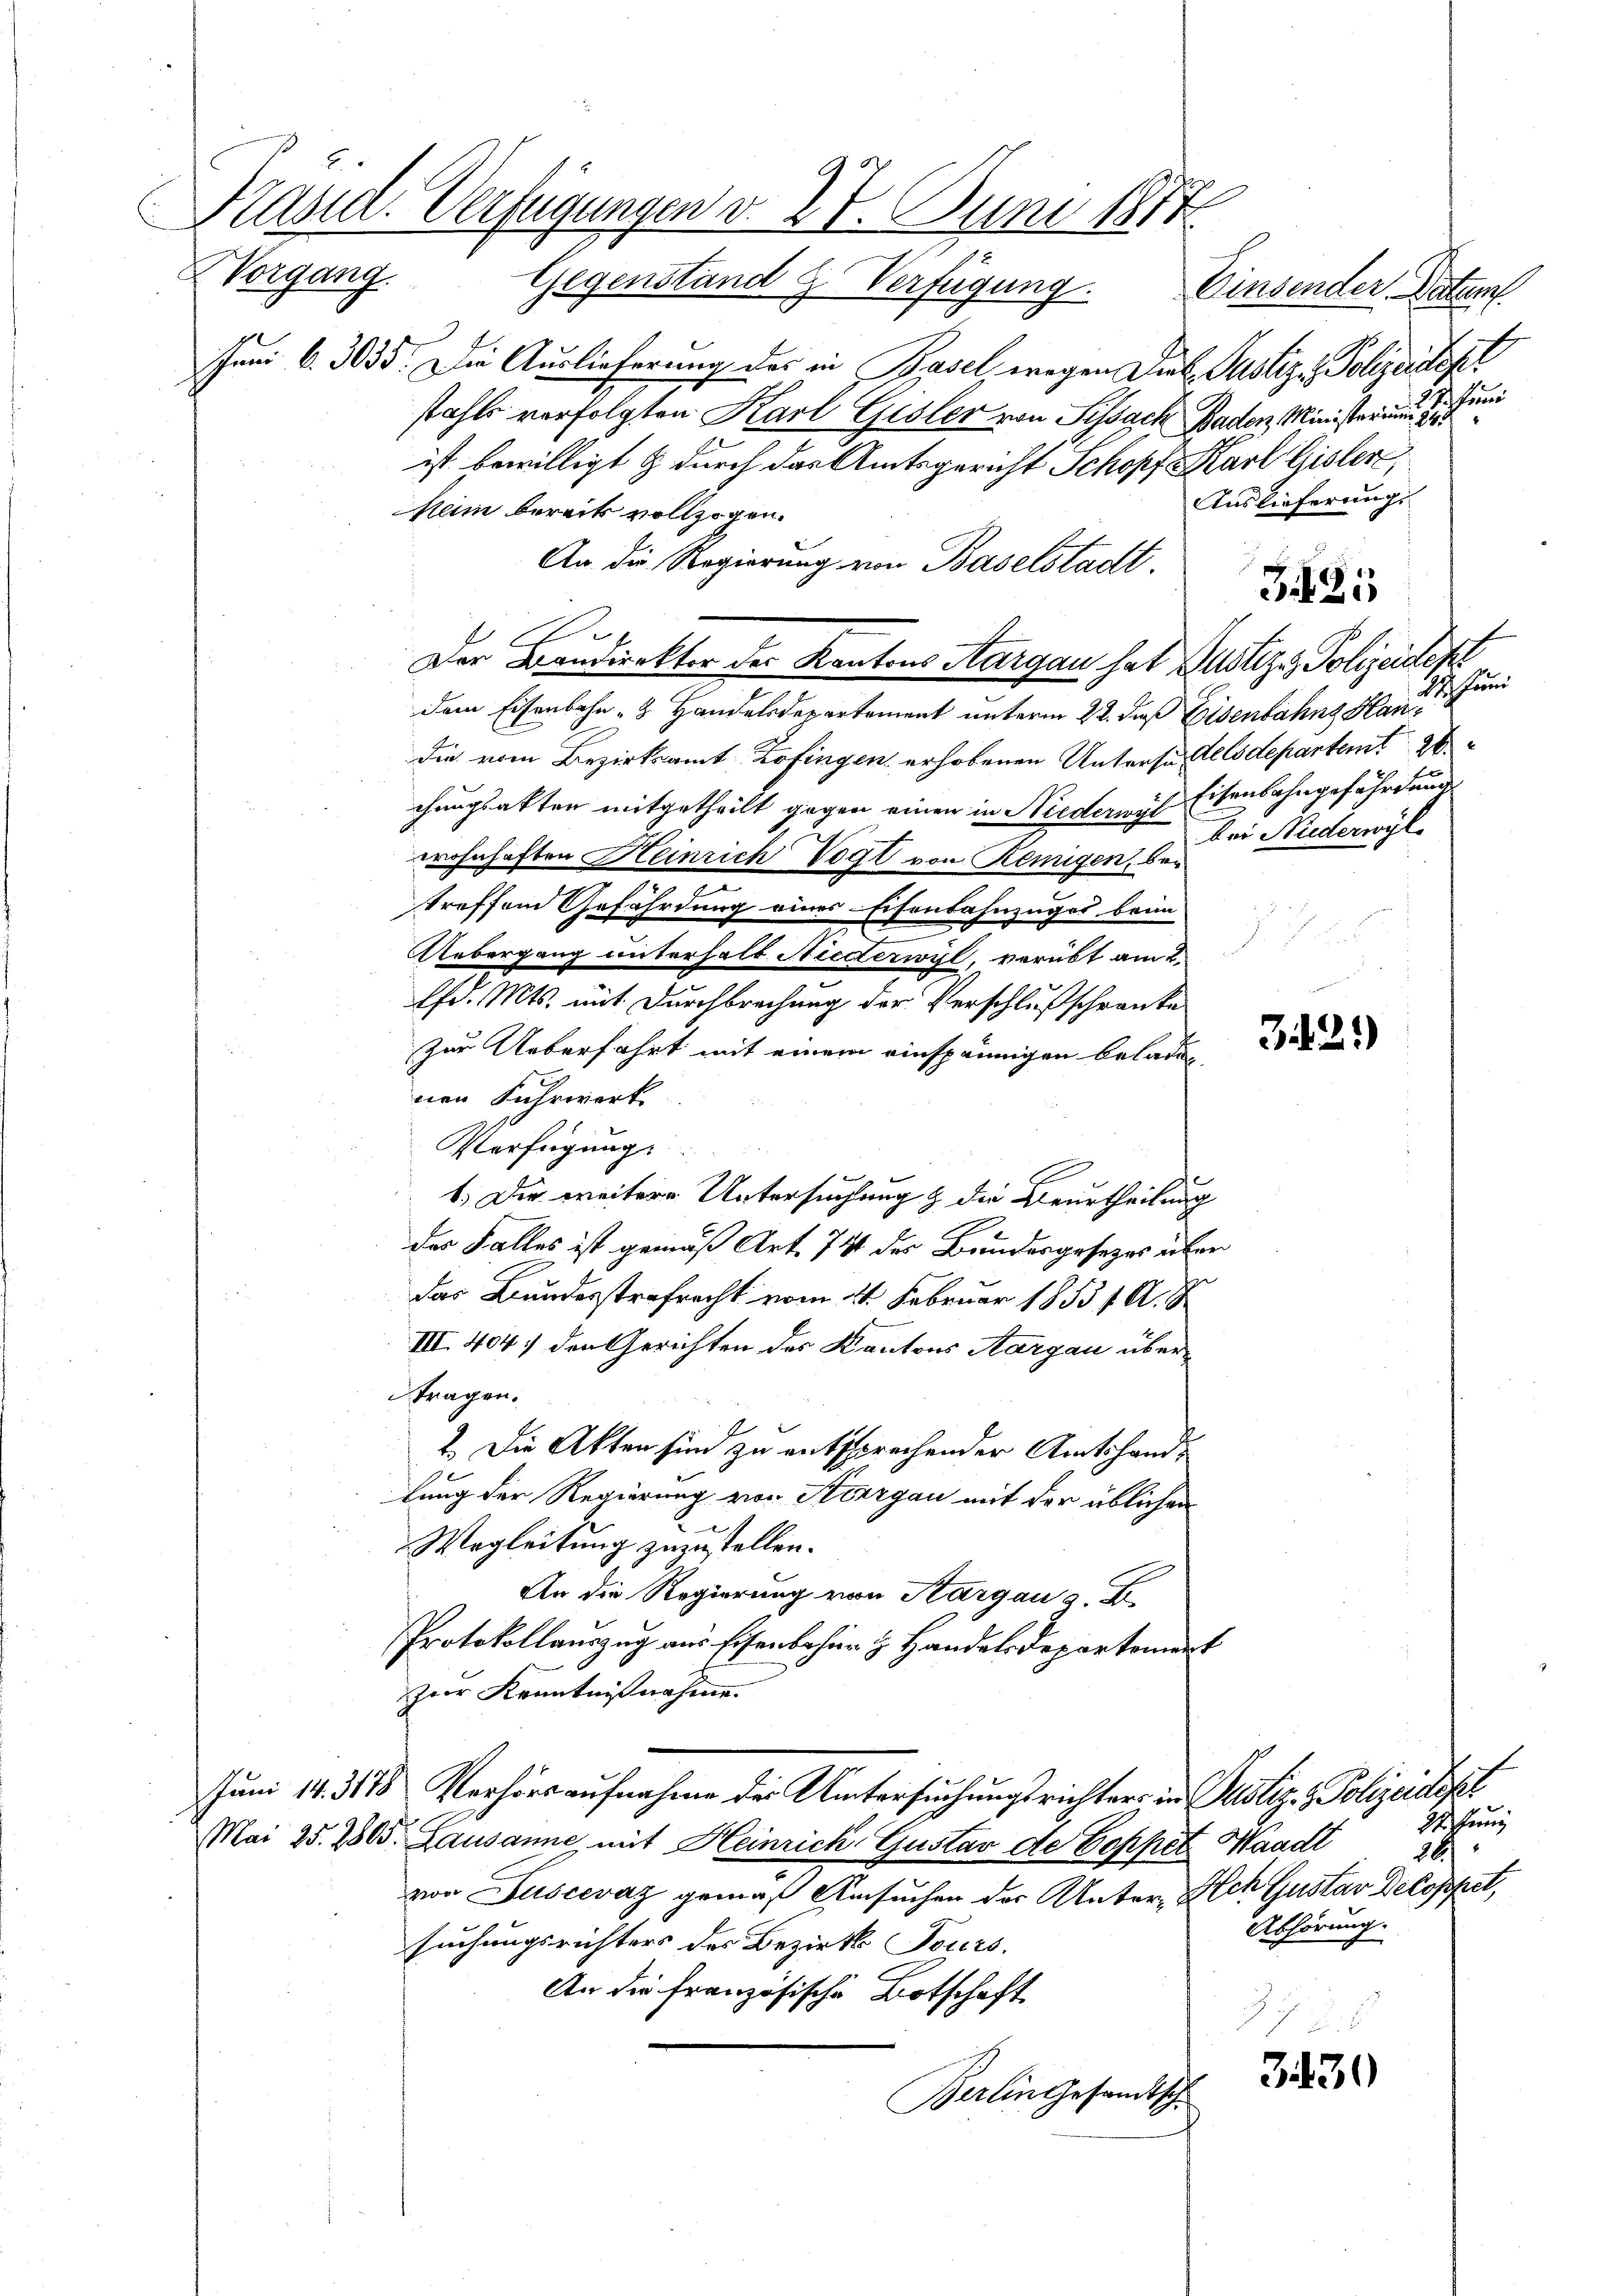
Kassa-Verfügungen v. 28. Juni 1877
XVorgang. Gegenstand & Verfügung.
Einsender. Datum

Juni v. 3035. Die Auslieferung des in Basel, wegen Die Justiz - Polizeidept
stahls verfolgten Karl Gisler von Sissach Baden Ministerium d
ist bewilligt & durch das Amtsgericht Schopf Karl Gisler,
Auslieferung
heim bereits vollzogen.
An die Regierung von Baselstadt.
Der Brandirekter der Kantons Aargau hat Justiz - Polizeidese
dem Eisenbahn- & Handelsdepartement unterm 22. daß Eisenbahng Handie vom Bezirksamt Zofingen erhobenen Untersuchelsdepartemt 20
chungsakten mitgetheilt gegen einen in Niederwyl Eisenbahngefährdung
wohnhaften Heinrich Vogt von Reinigen, betreffend Gefährdung eines Eisenbahnzuges beim
Uebergang unterhalt Niederwyl, verübt am 2.
lfd. Mts. mit Durchbrechung der Verschlußschränke
zur Ueberfahrt mit einem einspännigen beladen
s
nen Fuhrwerk
Verfügung.
1. Die weitere Untersuchung & die Beurtheilung
des Falles ist gemäß Art. 741 des Bundesgesetzes über
das Bundesstrafrecht vom 21. Februar 1853 f. A.
III. 404. den Gerichten des Kantons Aargau übertragen.
2. Die Akten sind zu entsprechender Amtshandlung der Regierung von Thurgau mit der üblichen
Wegleitung zuzustellen.
An die Regierung von Aargau a. E
Protokollauszug aus Eisenbahner & Handelsdepartement
zwar Kenntnißnahme.
Juni 14. 3188 Verhörs aufnahme des Untersuchungsrichters in Zustiz- & Polizeidept
22. Juni
Mai 25. 2805. Lausanne mit Heinrich Gustav de Coppet Waadt
16
von Juscevaz gemäß Ansuchen der Unter-Alch Gustav Decoppet,
Abhörung.
suchungsrichters des Bezirks Tours.
An die französische Botschaft
J

3430
Berlingesandtsche

Reg

342.)

3125

24. Juni
bei Niederwyle

u

chtun